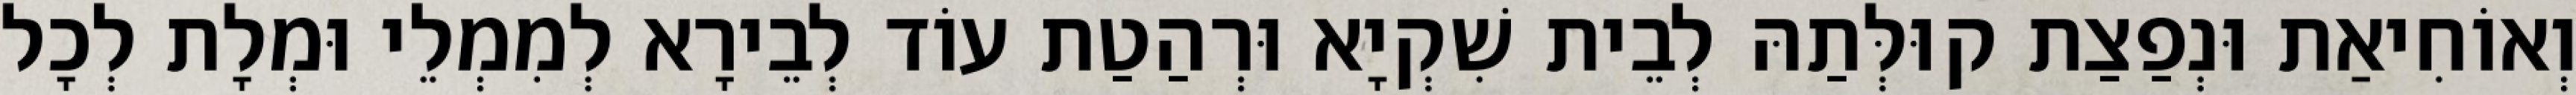
וְאוֹחִיאַת וּנְפַצַת קוּלְּתַהּ לְבֵית שִׁקְיָא וּרְהַטַת עוֹד לְבֵירָא לְמִמְלֵי וּמְלָת לְכָל